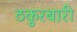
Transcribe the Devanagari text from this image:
ठकुरबारी